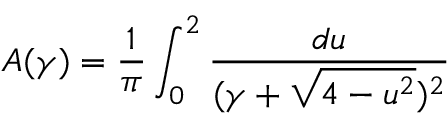
A ( \gamma ) = \frac { 1 } { \pi } \int _ { 0 } ^ { 2 } \frac { d u } { ( \gamma + \sqrt { 4 - u ^ { 2 } } ) ^ { 2 } }